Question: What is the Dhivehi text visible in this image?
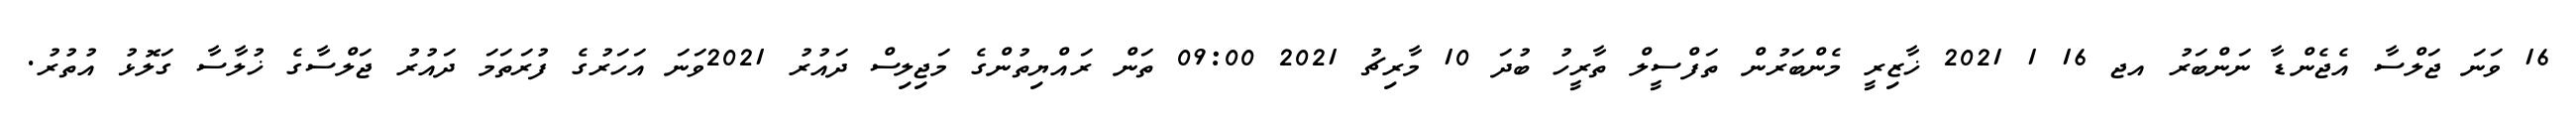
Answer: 16 ވަނަ ޖަލްސާ އެޖެންޑާ ނަންބަރު އޖ 16 1 2021 ޚާޒިރީ މެންބަރުން ތަފްސީލް ތާރީހު ބުދަ 10 މާރިޗު 2021 09:00 ތަން ރައްޔިތުންގެ މަޖިލިސް ދައުރު 2021ވަނަ އަހަރުގެ ފުރަތަމަ ދައުރު ޖަލްސާގެ ޚުލާސާ ގަލޮޅު އުތުރު.